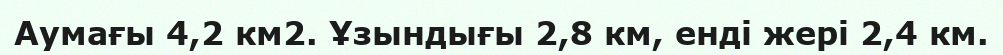
Аумағы 4,2 км2. Ұзындығы 2,8 км, енді жері 2,4 км.